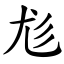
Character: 尨